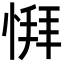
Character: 𫺨